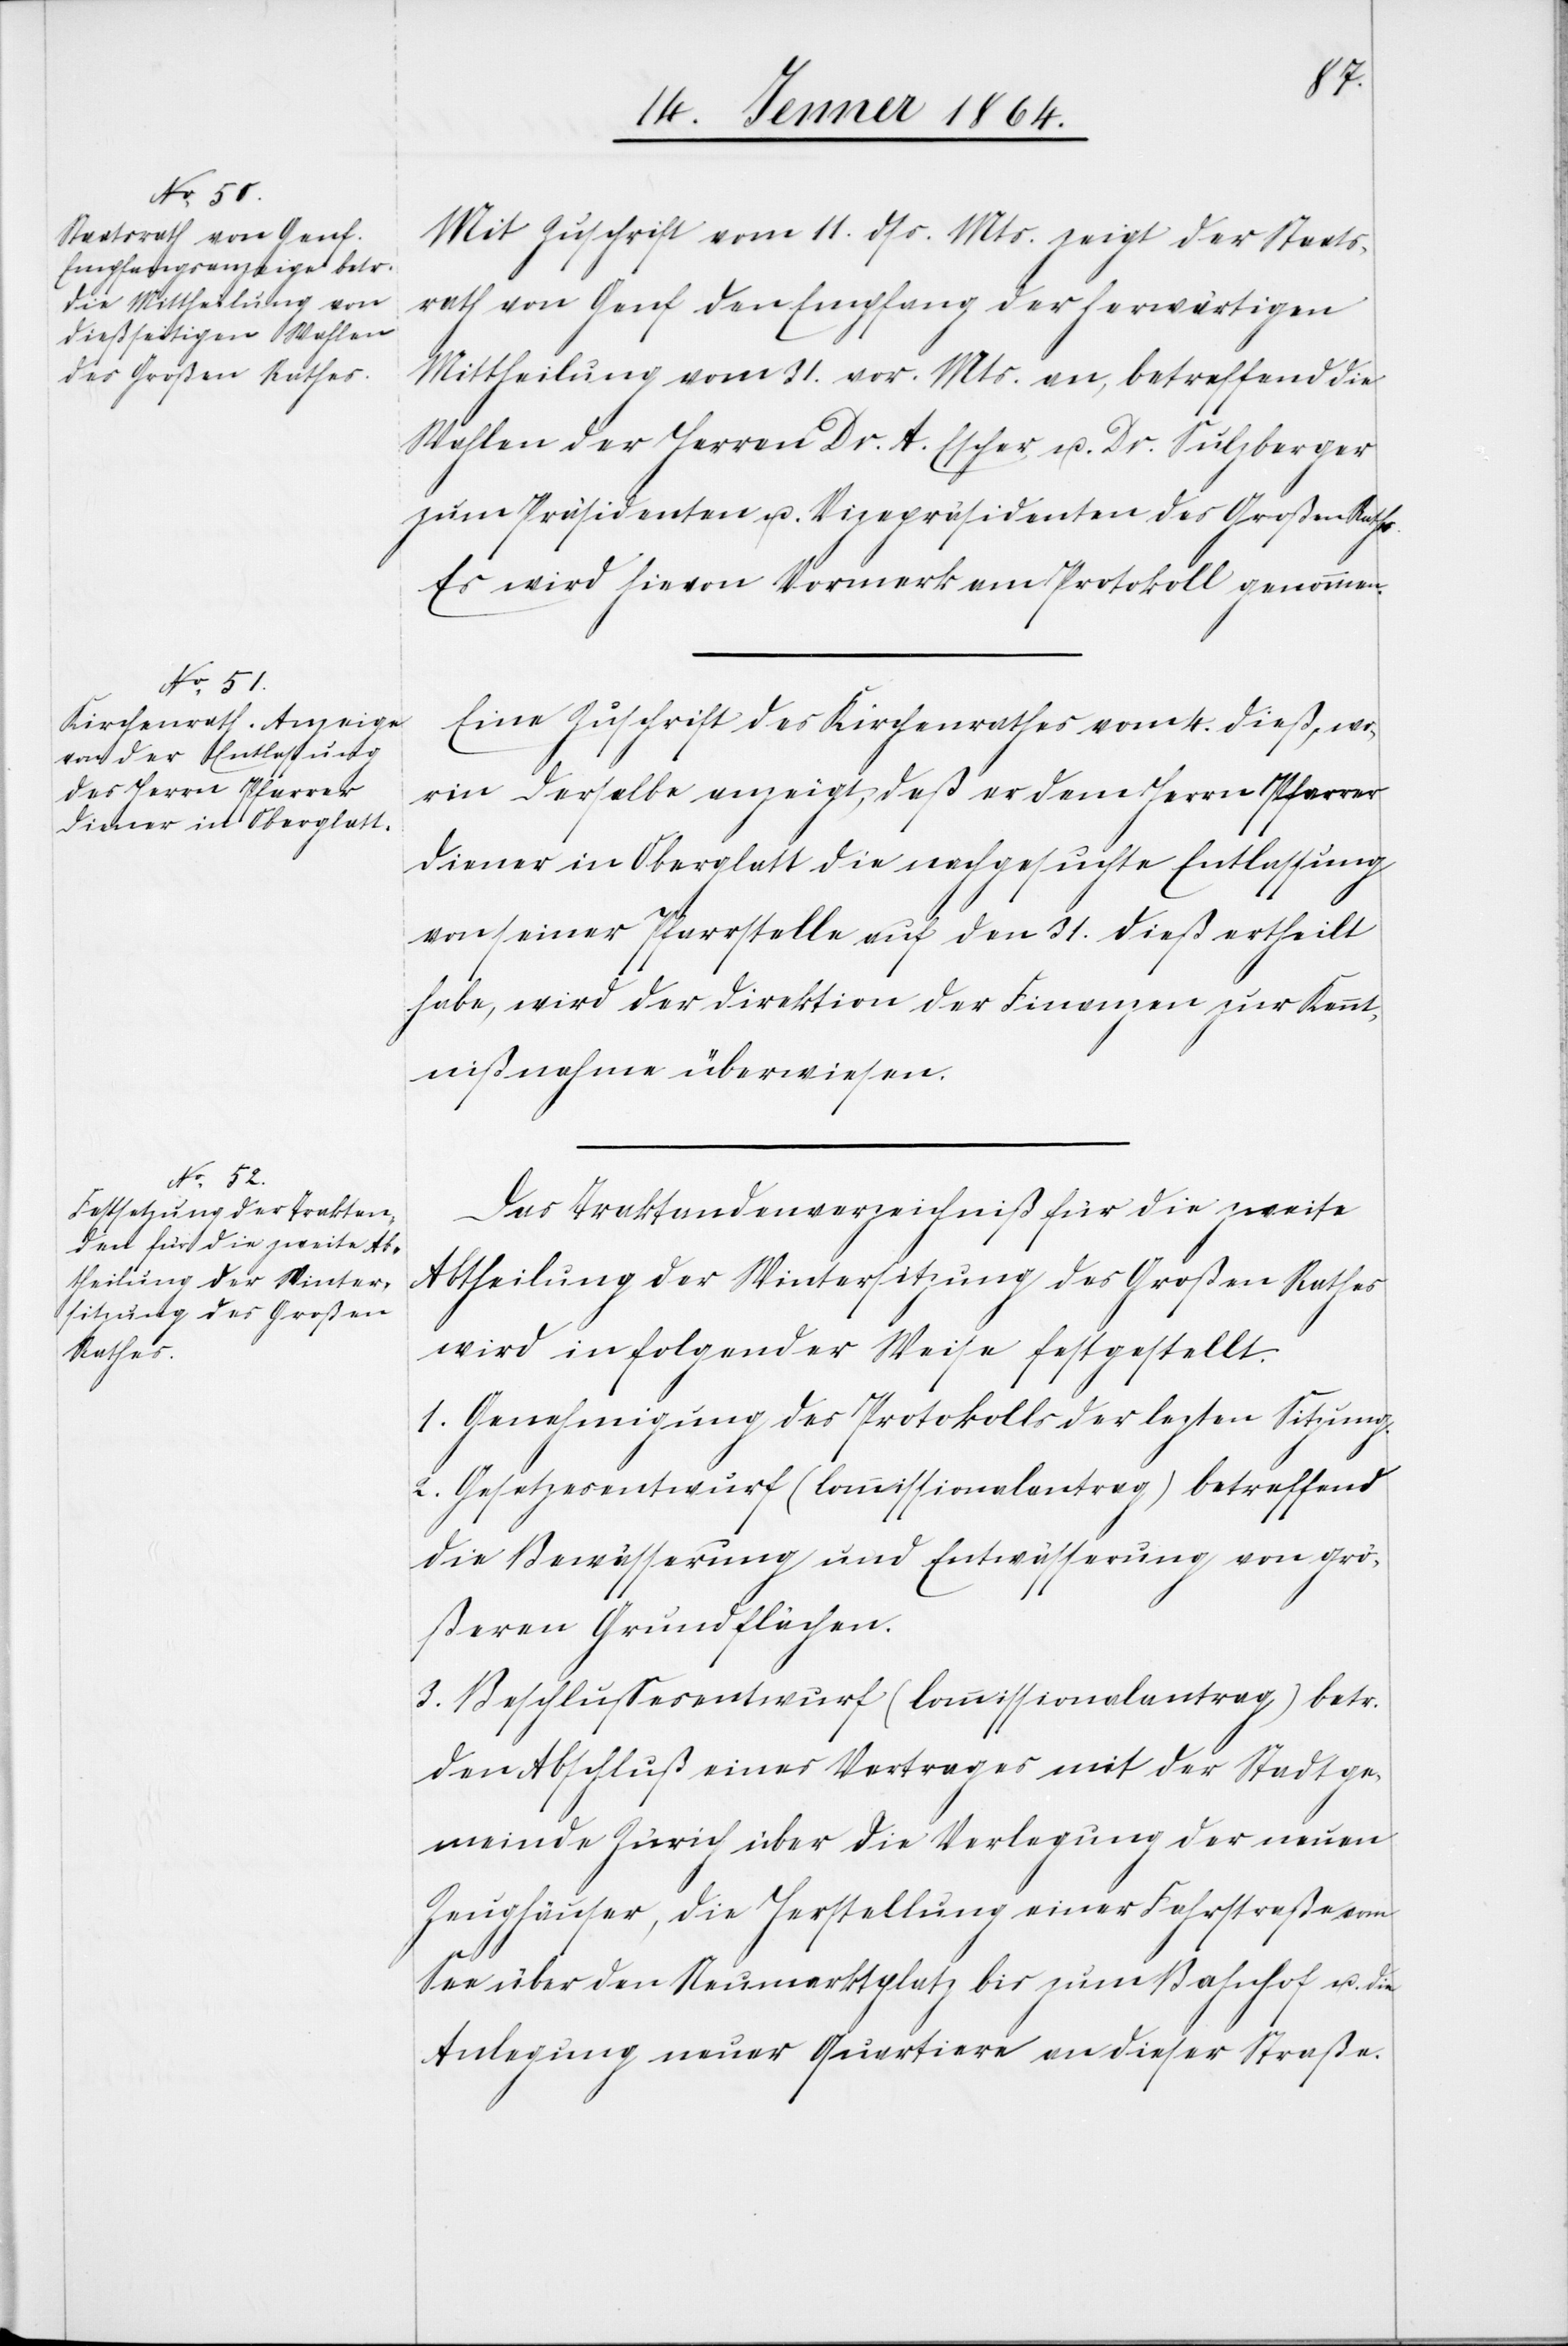
Mit Zuschrift vom 11. dss. Mts. zeigt der Staats¬
rath von Genf den Empfang der herwärtigen
Mittheilung vom 31. vor. Mts. an, betreffend die
Wahlen der Herren Dr. A. Escher u. Dr. Sulzberger
zum Präsidenten u. Vizepräsidenten des Großen Rathes.
Es wird hievon Vermerk am Protokoll genommen.
Eine Zuschrift des Kirchenrathes vom 4. dieß, wo¬
rin derselbe anzeigt, daß er dem Herrn Pfarrer
Diener in Oberglatt die nachgesuchte Entlassung
von seiner Pfarrstelle auf den 31. dieß ertheilt
habe, wird der Direktion der Finanzen zur Kennt¬
nißnahme überwiesen.
Das Traktandenverzeichniß für die zweite
Abtheilung der Wintersitzung des Großen Rathes
wird in folgender Weise festgestellt.
1. Genehmigung des Protokolls der letzten Sitzung.
2. Gesetzesentwurf (Commissionalantrag) betreffend
die Bewässerung und Entwässerung von grö¬
ßeren Grundflächen.
3. Beschlussesentwurf (Commissionalantrag) betr.
den Abschluß eines Vertrages mit der Stadtge¬
meinde Zürich über die Verlegung der neuen
Zeughäuser, die Herstellung einer Fahrstraße vom
See über den Neumarktplatz bis zum Bahnhof u. die
Anlegung neuer Quartiere an dieser Straße.